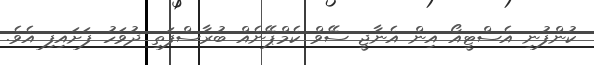
ކުންފުނި އެސްޓީއޯ އިން އެނާޖީ ސޭވް ކެމްޕޭނެއް ބުރާސްފަތި ދުވަހު ފަށައިފި އެވެ.